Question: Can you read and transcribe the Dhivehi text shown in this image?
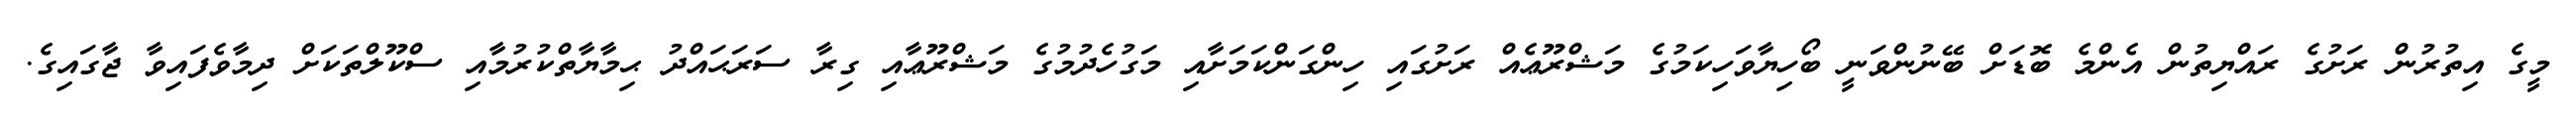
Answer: މީގެ އިތުރުން ރަށުގެ ރައްޔިތުން އެންމެ ބޮޑަށް ބޭނުންވަނީ ބޯހިޔާވަހިކަމުގެ މަޝްރޫޢެއް ރަށުގައި ހިންގަންކަމަށާއި މަގުހެދުމުގެ މަޝްރޫޢާއި ގިރާ ސަރަޙައްދު ޙިމާޔާތްކުރުމާއި ސްކޫލްތަކަށް ދިމާވެފައިވާ ޖާގައިގެ.